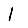
Digit: 1